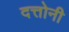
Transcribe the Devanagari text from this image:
दत्तोनी